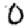
Digit: 0